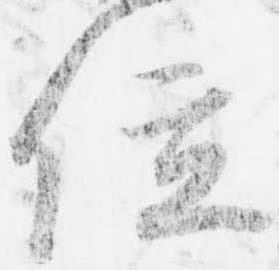
位